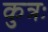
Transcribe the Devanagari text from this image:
कुत्रः